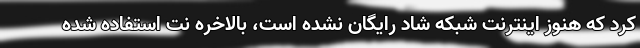
کرد که هنوز اینترنت شبکه شاد رایگان نشده است، بالاخره نت استفاده شده